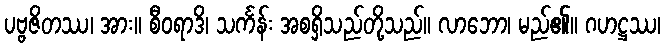
ပဗ္ဗဇိတဿ၊ အား။ စီဝရာဒိ၊ သင်္ကန်း အစရှိသည်တို့သည်။ လာဘော၊ မည်၏။ ဂဟဋ္ဌဿ၊